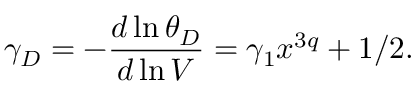
\gamma _ { D } = - \frac { d \ln \theta _ { D } } { d \ln V } = \gamma _ { 1 } x ^ { 3 q } + 1 / 2 .